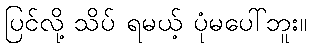
ပြင်လို့ သိပ် ရမယ့် ပုံမပေါ်ဘူး။